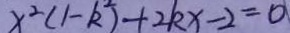
x ^ { 2 } ( 1 - k ^ { 2 } ) + 2 k x - 2 = 0